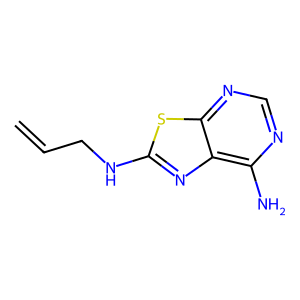
SMILES: C=CCNc1nc2c(N)ncnc2s1
Inhibits HIV replication: No